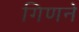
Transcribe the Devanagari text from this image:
गिणने